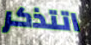
اتتذكر